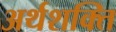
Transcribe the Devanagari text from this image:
अर्थशक्ति